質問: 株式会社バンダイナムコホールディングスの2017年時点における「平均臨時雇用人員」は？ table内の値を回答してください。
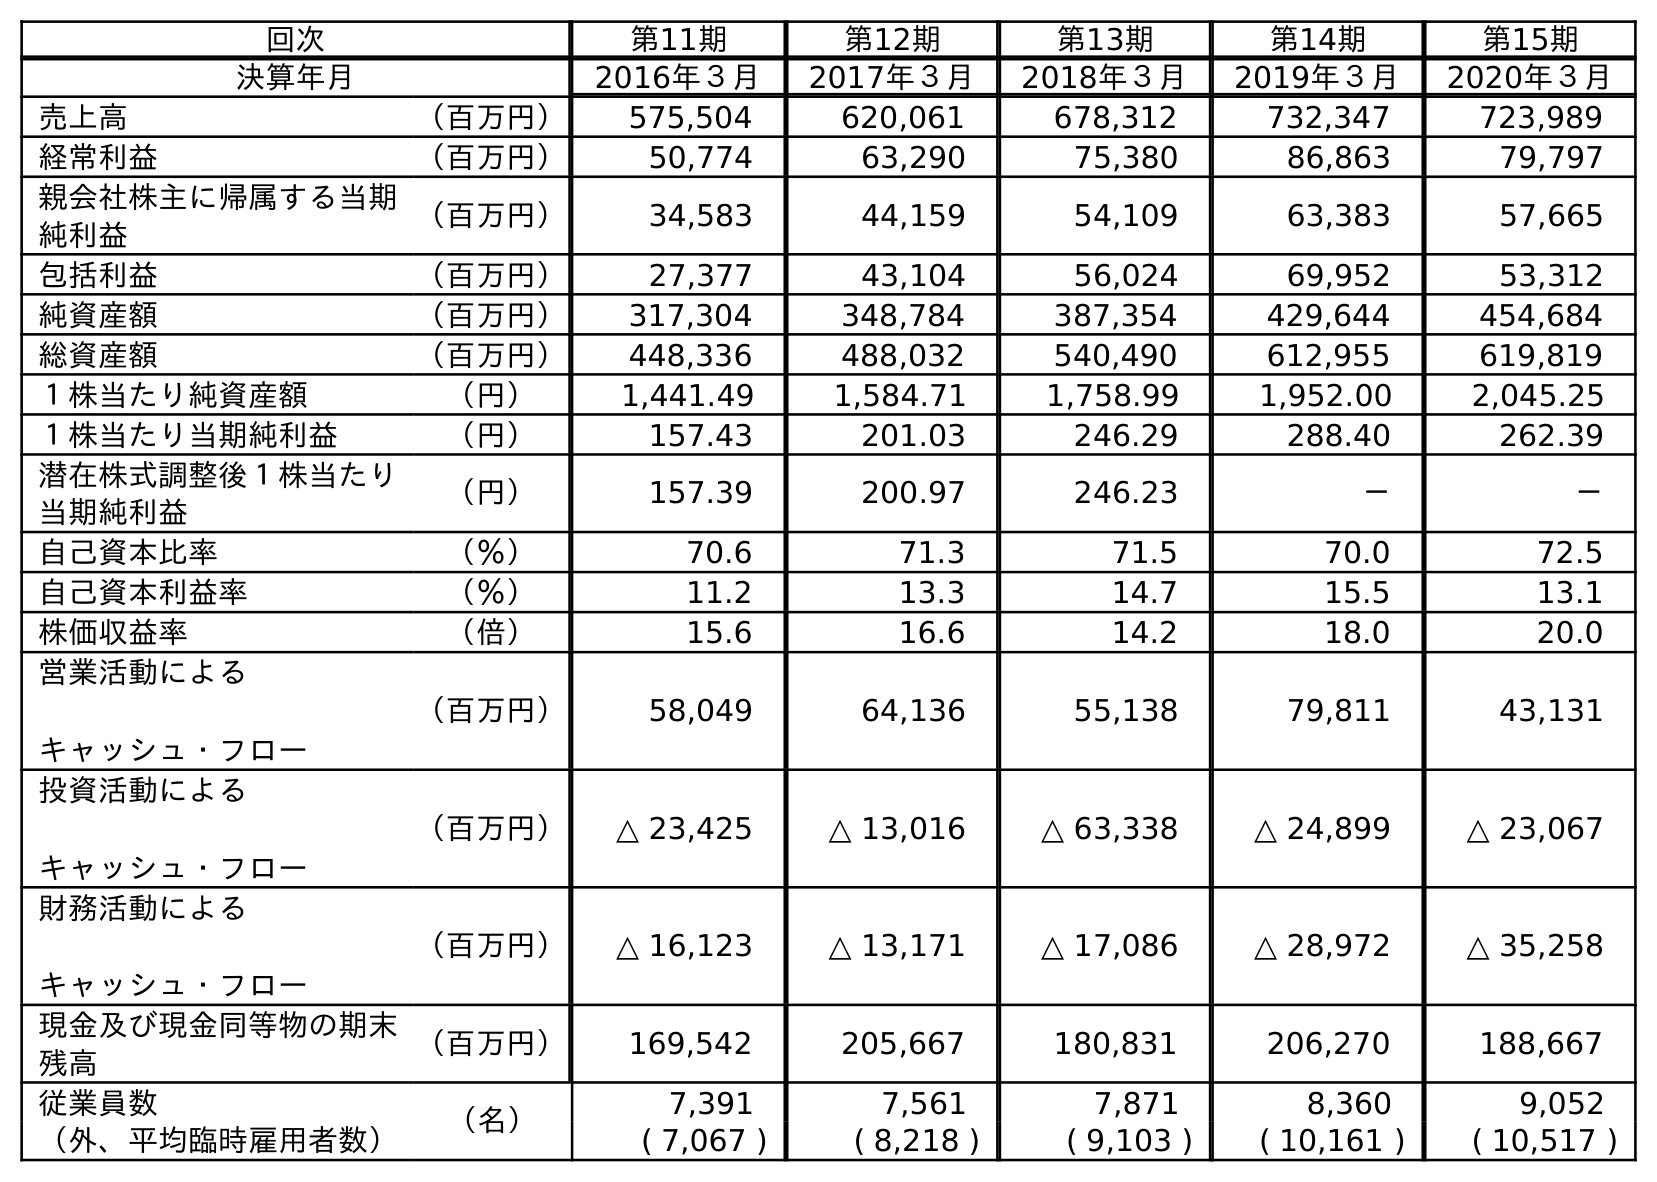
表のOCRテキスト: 回次 第11期 第12期 第13期 第14期 第15期 決算年月 2016年３月 2017年３月 2018年３月 2019年３月 2020年３月 売上高 （百万円） 575,504 620,061 678,312 732,347 723,989 経常利益 （百万円） 50,774 63,290 75,380 86,863 79,797 親会社株主に帰属する当期 純利益 （百万円） 34,583 44,159 54,109 63,383 57,665 包括利益 （百万円） 27,377 43,104 56,024 69,952 53,312 純資産額 （百万円） 317,304 348,784 387,354 429,644 454,684 総資産額 （百万円） 448,336 488,032 540,490 612,955 619,819 １株当たり純資産額 （円） 1,441.49 1,584.71 1,758.99 1,952.00 2,045.25 １株当たり当期純利益 （円） 157.43 201.03 246.29 288.40 262.39 潜在株式調整後１株当たり 当期純利益 （円） 157.39 200.97 246.23 － － 自己資本比率 （％） 70.6 71.3 71.5 70.0 72.5 自己資本利益率 （％） 11.2 13.3 14.7 15.5 13.1 株価収益率 （倍） 15.6 16.6 14.2 18.0 20.0 営業活動による キャッシュ・フロー （百万円） 58,049 64,136 55,138 79,811 43,131 投資活動による キャッシュ・フロー （百万円） △ 23,425 △ 13,016 △ 63,338 △ 24,899 △ 23,067 財務活動による キャッシュ・フロー （百万円） △ 16,123 △ 13,171 △ 17,086 △ 28,972 △ 35,258 現金及び現金同等物の期末 残高 （百万円） 169,542 205,667 180,831 206,270 188,667 従業員数 （名） 7,391 7,561 7,871 8,360 9,052 （外、平均臨時雇用者数） ( 7,067 ) ( 8,218 ) ( 9,103 ) ( 10,161 ) ( 10,517 )
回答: (8,218)